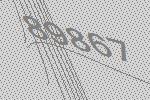
89867